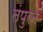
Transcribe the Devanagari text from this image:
तंपुरन